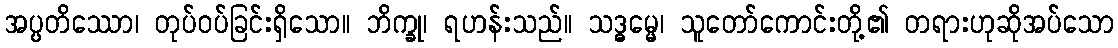
အပ္ပတိဿော၊ တုပ်ဝပ်ခြင်းရှိသော။ ဘိက္ခု၊ ရဟန်းသည်။ သဒ္ဓမ္မေ၊ သူတော်ကောင်းတို့၏ တရားဟုဆိုအပ်သော